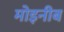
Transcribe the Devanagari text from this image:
मोइनीब